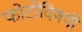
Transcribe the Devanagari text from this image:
फोटोंविषयी